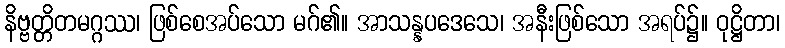
နိဗ္ဗတ္တိတမဂ္ဂဿ၊ ဖြစ်စေအပ်သော မဂ်၏။ အာသန္နပဒေသေ၊ အနီးဖြစ်သော အရပ်၌။ ဝုဋ္ဌိတာ၊